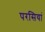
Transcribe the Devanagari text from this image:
परसियां